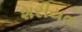
શરીયત